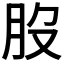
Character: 𦘿